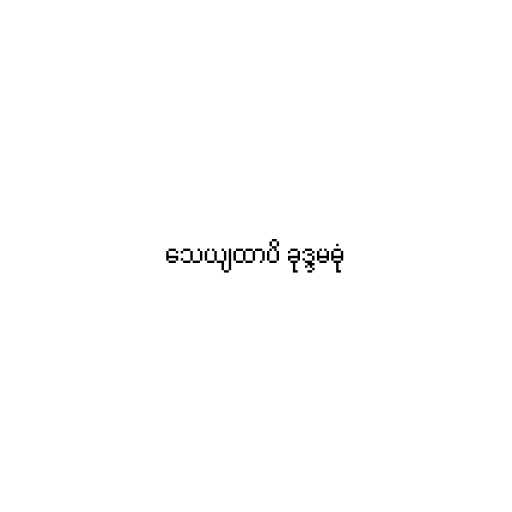
သေယျထာပိ ခုဒ္ဒမဓုံ